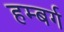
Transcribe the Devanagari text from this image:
हम्बर्ग